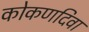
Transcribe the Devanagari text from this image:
कोकणदिवा